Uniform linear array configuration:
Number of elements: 64
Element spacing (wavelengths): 0.25
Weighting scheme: cosine
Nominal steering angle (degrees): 45
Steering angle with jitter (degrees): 45.346
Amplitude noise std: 0.05
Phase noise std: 0.05

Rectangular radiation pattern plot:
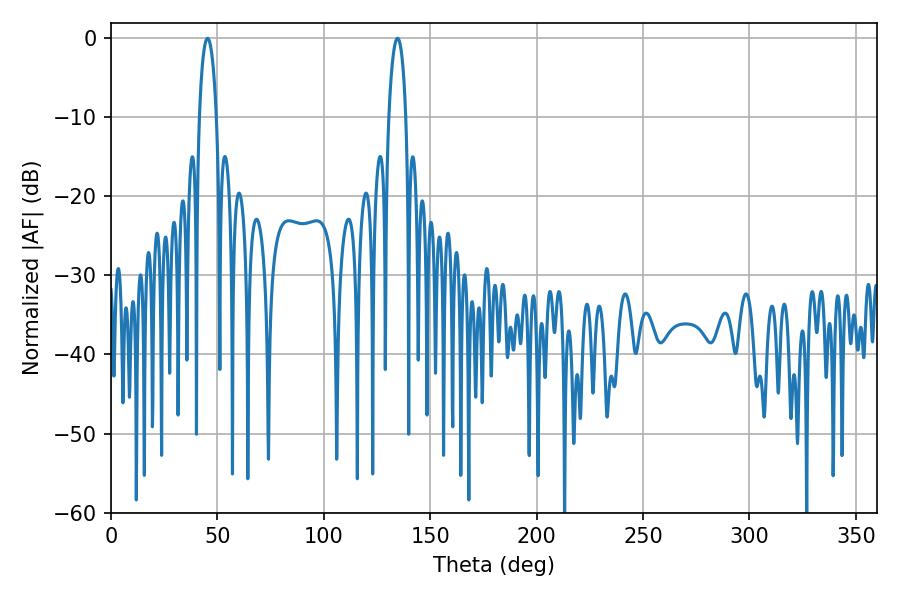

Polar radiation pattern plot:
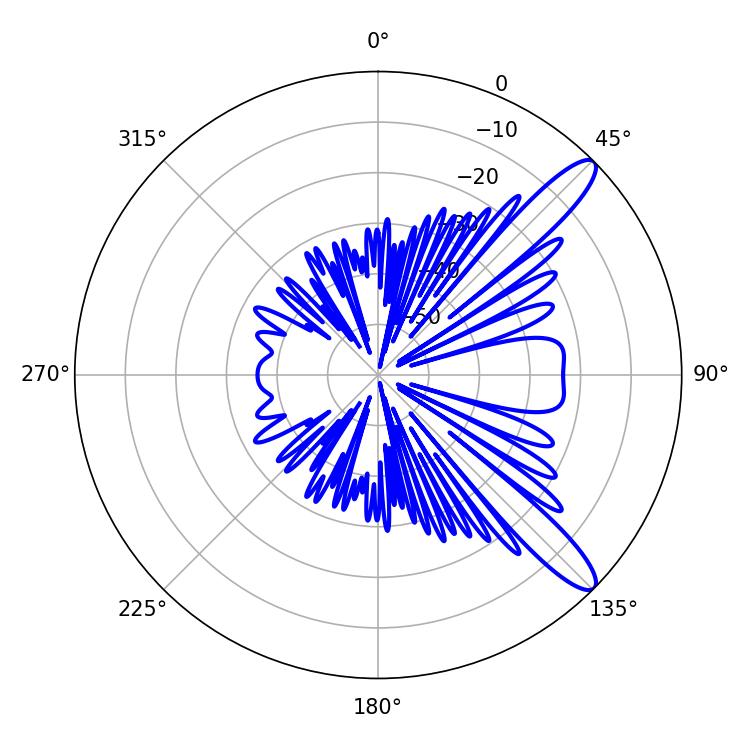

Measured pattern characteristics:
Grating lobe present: FALSE
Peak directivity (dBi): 11.916
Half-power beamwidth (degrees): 4.5
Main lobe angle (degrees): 45.36